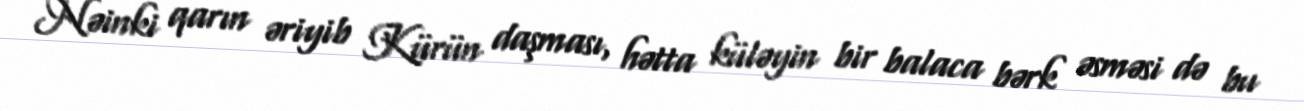
Nəinki qarın əriyib Kürün daşması, hətta küləyin bir balaca bərk əsməsi də bu